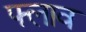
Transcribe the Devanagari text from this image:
फ्लाव